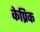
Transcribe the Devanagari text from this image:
केप्रिक